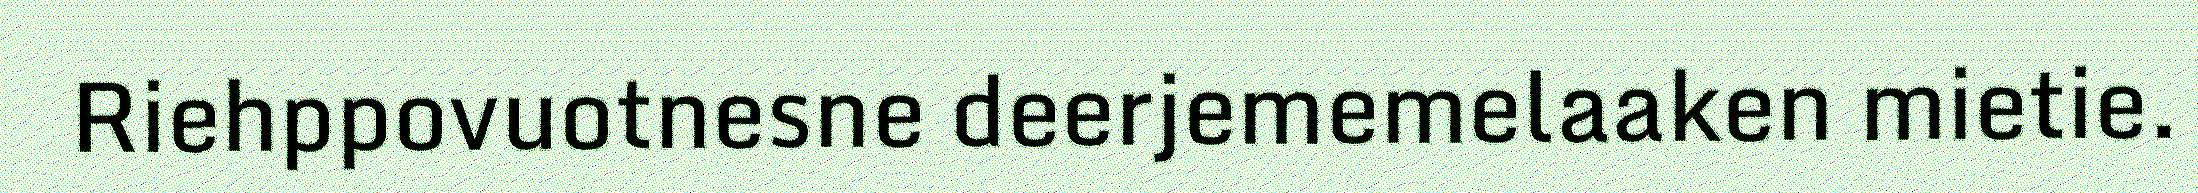
Riehppovuotnesne deerjememelaaken mietie.